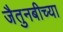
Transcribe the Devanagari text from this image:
जैतुनबीच्या